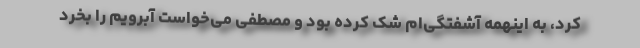
کرد، به اینهمه آشفتگی‌ام شک کرده بود و مصطفی می‌خواست آبرویم را بخرد